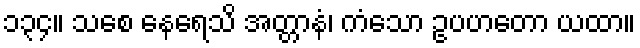
၁၃၄။ သစေ နေရေသိ အတ္တာနံ၊ ကံသော ဥပဟတော ယထာ။